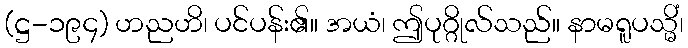
(ဋ္ဌ-၁၉၄) ဟညဟိ၊ ပင်ပန်း၏။ အယံ၊ ဤပုဂ္ဂိုလ်သည်။ နာမရူပသ္မိံ၊